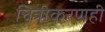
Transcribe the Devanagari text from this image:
चित्रीकरणही